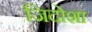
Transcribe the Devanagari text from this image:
जिदोशा